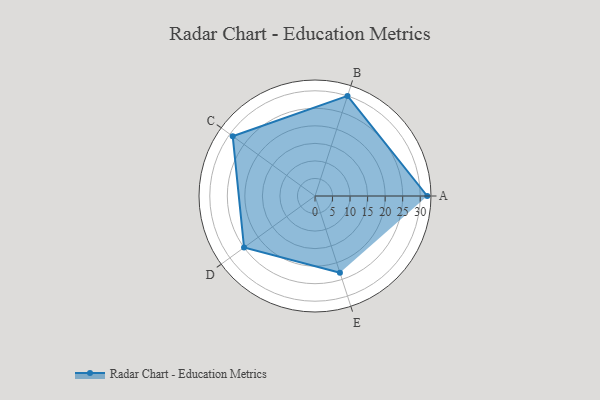
{"axis": {"x": "Skill", "y": "Score"}, "legend": ["Profile"], "data": [{"x": "A", "y": 32.0, "type": "Profile"}, {"x": "B", "y": 30.0, "type": "Profile"}, {"x": "C", "y": 29.0, "type": "Profile"}, {"x": "D", "y": 25.0, "type": "Profile"}, {"x": "E", "y": 23.0, "type": "Profile"}]}